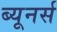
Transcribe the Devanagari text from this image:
ब्यूनर्स